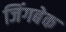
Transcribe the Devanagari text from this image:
जिंगबेक